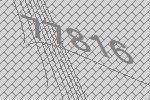
77816